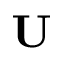
\mathbf { U }